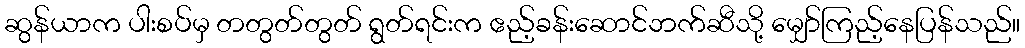
ဆွန်ယာက ပါးစပ်မှ တတွတ်တွတ် ရွတ်ရင်းက ဧည့်ခန်းဆောင်ဘက်ဆီသို့ မျှော်ကြည့်နေပြန်သည်။